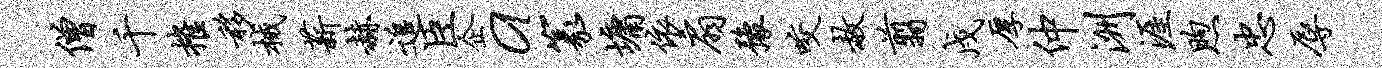
僧千摧移械薪赫追臣企a篆墉依扇豫咬赦翦戍厚仲洲涯煦忠辱